Lunatic asylums Madras 1892-1911 - 1892-1911
Year: 1892
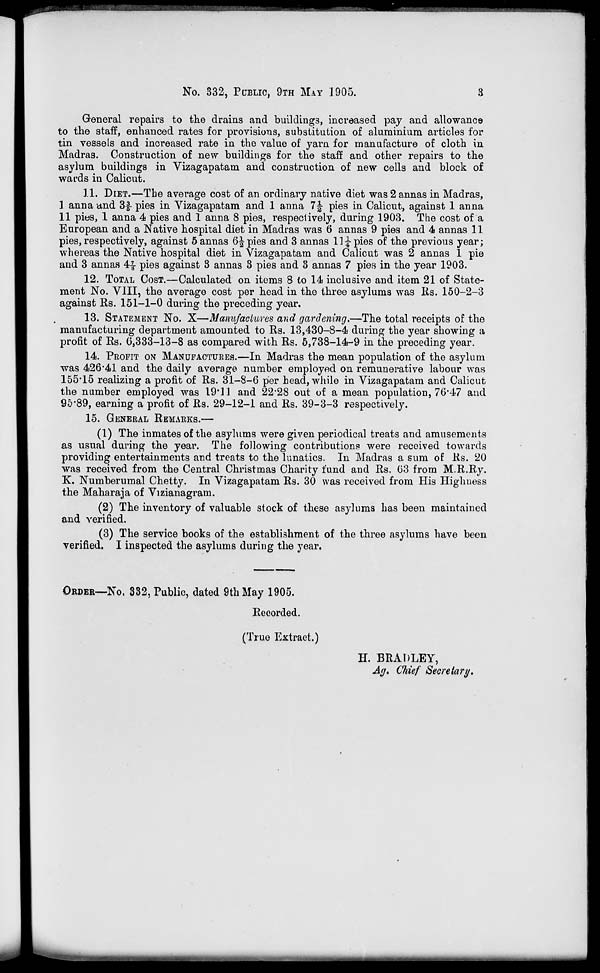
p*r
No. 332, PUBLIC, 9TH MAY 1905.
3
General repairs to the drains and buikling3, increased pay and allowance
to the staff, enhanced rates for provisions, substitution of aluminium articles for
tin vessels and increased rate in the value of yarn for manufacture of cloth in
Madras. Construction of new buildings for the staff and other repairs to the
asylum buildings in Vizagapatam and construction of new cells and block of
wards in Calicut.
11. DIET.—The average cost of an ordinary native diet was 2 annas in Madras,
I anna and 3£ pies in Vizagapatam and 1 anna 7\ pies in Calicut, against 1 anna
II pies, 1 anna 4 pies and 1 anna 8 pies, respectively, during 1903. The cost of a
European and a Native hospital diet in Madras was 6 annas 9 pies and 4 annas 11
pies, respectively, against 5 annas 6\ pies and 3 annas 11J pies of the previous year;
whereas the Native hospital diet in Vizagapatam and Calicut was 2 annas 1 pie
and 3 annas 4$ pies against 3 annas 3 pies and 3 annas 7 pies in the year 1903.
12. TOTAL COST.—Calculated on items 8 to 14 inclusive and item 21 of State-
ment No. VIII, the average cost per head in the three asylums was Rs. 150-2-3
against Rs. 151-1-0 during the preceding year.
13. STATEMENT NO. X—Manufactures and gardening.—The total receipts of the
manufacturing department amounted to Rs. 13,430-8-4 during the year showing a
profit of Rs. 0,333-13-8 as compared with Rs. 5,738-14-9 in the preceding year.
14. PROFIT ON MANUFACTURES.—In Madras the mean population of the asylum
was 426'41 and the daily average number employed on remunerative labour was
155*15 realizing a profit of Rs. 31-8-6 per head, while in Vizagapatam and Calicut
the number employed was 19*11 and 22'28 out of a mean population, 76'^7 and
95"89, earning a profit of Rs. 29-12-1 and Rs. 39-3-3 respectively.
15. GENERAL REMARKS.—
(1) The inmates of the asylums were given periodical treats and amusements
as usual during the year. The following contributions were received towards
providing entertainments and treats to the lunatics. In Madras a sum of Rs. 20
was received from the Central Christmas Charity fund and Rs. 63 from M.R.Ry.
K. Numberumal Chetty. In Vizagapatam Rs. 30 was received from His Highness
the Maharaja of Vizianagram.
(2) The inventory of valuable stock of these asylums has been maintained
and verified.
(3) The service books of the establishment of the three asylums have been
verified. I inspected the asylums during the year.
ORDER—No. 332, Public, dated 9th May 1905.
Recorded.
(True Extract.)
H. BRADLEY,
Ag. Chief Secretary.